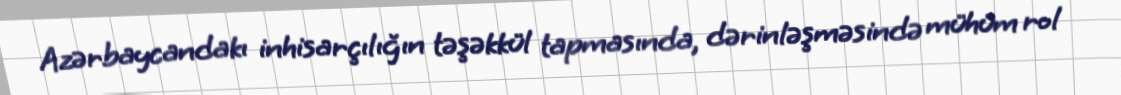
Azərbaycandakı inhisarçılığın təşəkkül tapmasında, dərinləşməsində mühüm rol